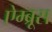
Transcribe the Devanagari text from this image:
ऐम्ब्रूस